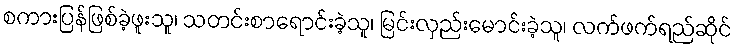
စကားပြန်ဖြစ်ခဲ့ဖူးသူ၊ သတင်းစာရောင်းခဲ့သူ၊ မြင်းလှည်းမောင်းခဲ့သူ၊ လက်ဖက်ရည်ဆိုင်